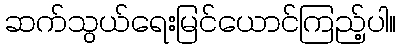
ဆက်သွယ်ရေးမြင်ယောင်ကြည့်ပါ။